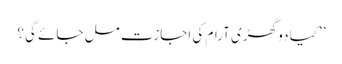
’’کیا دو گھڑی آرام کی اجازت مل جائے گی؟